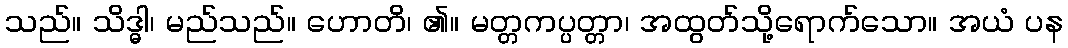
သည်။ သိဒ္ဓါ၊ မည်သည်။ ဟောတိ၊ ၏။ မတ္တကပ္ပတ္တာ၊ အထွတ်သို့ရောက်သော။ အယံ ပန